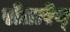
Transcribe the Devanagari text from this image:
रोतारेग्